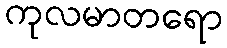
ကုလမာတရော